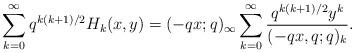
LaTeX: \begin{align*}\sum_{k=0}^\infty q^{k(k+1)/2} H_k(x,y)=(-qx;q)_\infty\sum_{k=0}^\infty\frac{q^{k(k+1)/2}y^k}{(-qx,q;q)_k}. \end{align*}